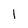
Character: l